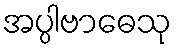
အပ္ပါဗာဓေသု